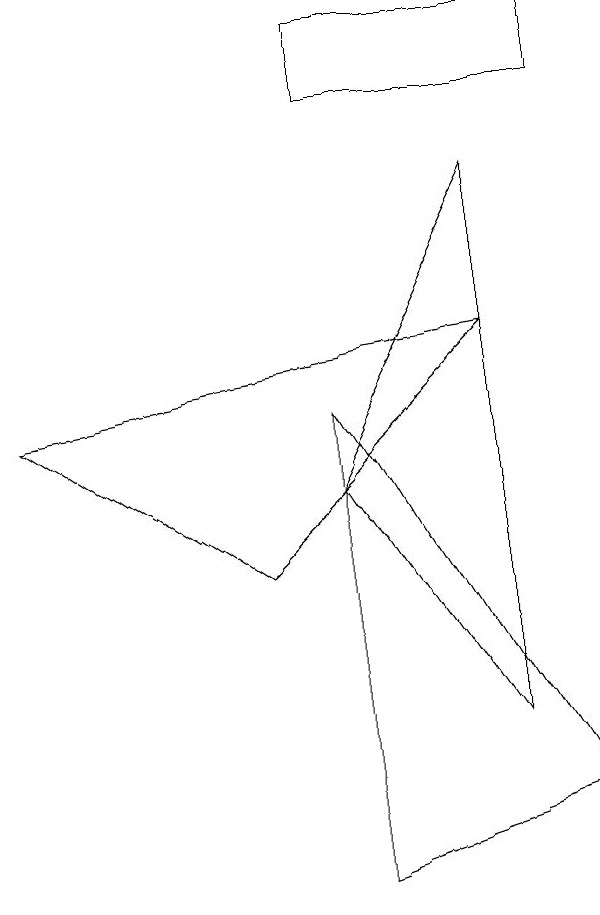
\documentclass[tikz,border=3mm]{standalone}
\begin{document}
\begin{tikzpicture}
\draw (3,4) -- (0,6) -- (6,7) -- cycle;
\draw (6,2) -- (4,5) -- (6,9) -- cycle;
\draw (4,6) -- (7,1) -- (4,0) -- cycle;
\draw (7,10) rectangle (4,11);
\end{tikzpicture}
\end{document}